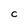
Character: C